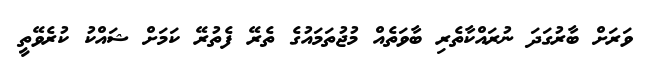
ވަރަށް ބާރުގަދަ ނުރައްކާތެރި ބާވަތެއް މުޖުތަމައުގެ ތެރޭ ފެތުރޭ ކަމަށް ޝައްކު ކުރެވޭތީ